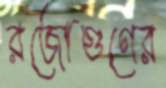
রজোগুণের